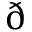
\eth